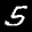
Label: 5